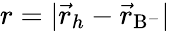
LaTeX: r=|\vec{r}_{h}-\vec{r}_{\mathrm{B}^{-}}|